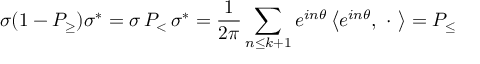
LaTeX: \sigma ( 1 - { \cal P } _ { \geq } ) \sigma ^ { * } = \sigma \, { \cal P } _ { < } \, \sigma ^ { * } = \frac 1 { 2 \pi } \sum _ { n \leq k + 1 } e ^ { i n \theta } \left\langle e ^ { i n \theta } , \ \cdot \ \right\rangle = { \cal P } _ { \leq }